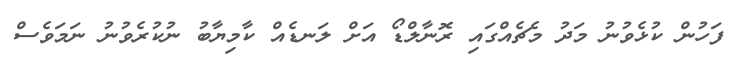
ފަހުން ކުޅެވުނު މަދު މެޗެއްގައި ރޮނާލްޑޯ އަށް ލަނޑެއް ކާމިޔާބު ނުކުރެވުނު ނަމަވެސް